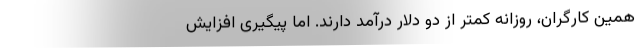
همین کارگران، روزانه کمتر از دو دلار درآمد دارند. اما پیگیری افزایش